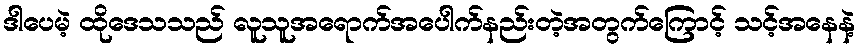
ဒါပေမဲ့ ထိုဒေသသည် လူသူအရောက်အပေါက်နည်းတဲ့အတွက်ကြောင့် သင့်အနေနဲ့